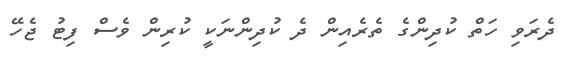
ދެރަވި ހަތް ކުދިންގެ ތެރެއިން ދެ ކުދިންނަކީ ކުރިން ވެސް ފިޓު ޖެހޭ